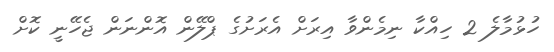
ހުޅުމާލެ 2 ހިއްކާ ނިމެންވާ އިރަށް އެރަށުގެ ޕްލޭން އޮންނަން ޖެހޭނީ ކޮށް